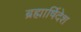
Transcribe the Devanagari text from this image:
ब्रह्मार्षिदेश